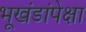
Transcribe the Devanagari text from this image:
भूखंडांपेक्षा